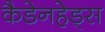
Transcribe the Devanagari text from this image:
कैडेनहेड्स